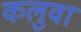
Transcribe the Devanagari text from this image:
कलुवा